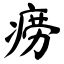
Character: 痨